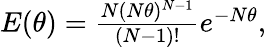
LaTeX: \begin{array}{r}{E(\theta)=\frac{N(N\theta)^{N-1}}{(N-1)!}e^{-N\theta},}\end{array}